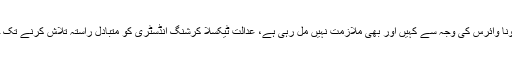
ملازمین نے کہاکہ کرونا وائرس کی وجہ سے کہیں اور بھی ملازمت نہیں مل رہی ہے، عدالت ٹیکسلا کرشنگ انڈسٹری کو متبادل راستہ تلاش کرنے تک چلانے کی اجازت دے۔